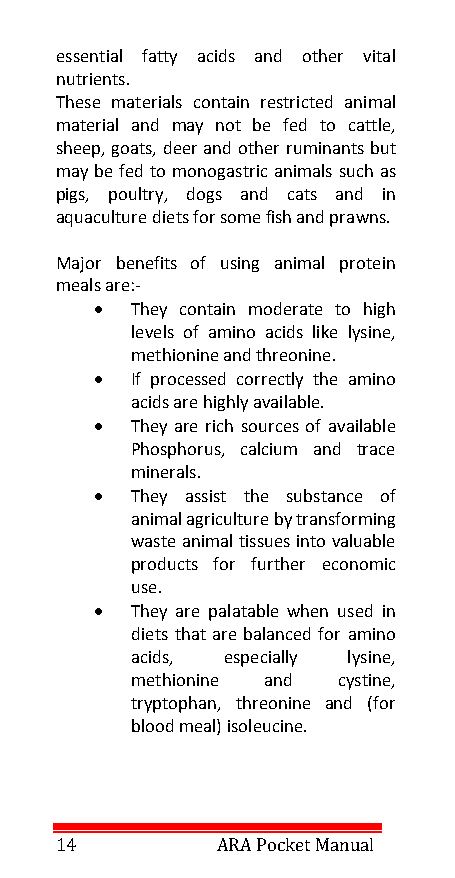
essential fatty acids and other vital
 nutrients.
 These materials contain restricted animal
 material and may not be fed to cattle,
 sheep, goats, deer and other ruminants but
 may be fed to monogastric animals such as
 pigs, poultry, dogs and cats and in
 aquaculture diets for some fish and prawns.
 Major benefits of using animal protein
 meals are:-
 •  They contain moderate to high
 levels of amino acids like lysine,
 methionine and threonine.
 •  If processed correctly the amino
 acids are highly available.
 •  They are rich sources of available
 Phosphorus, calcium and trace
 minerals.
 •  They assist the substance of
 animal agriculture by transforming
 waste animal tissues into valuable
 products for further economic
 use.
 •  They are palatable when used in
 diets that are balanced for amino
 acids, especially lysine,
 methionine and cystine,
 tryptophan, threonine and (for
 blood meal) isoleucine.
 14        ARA Pocket Manual